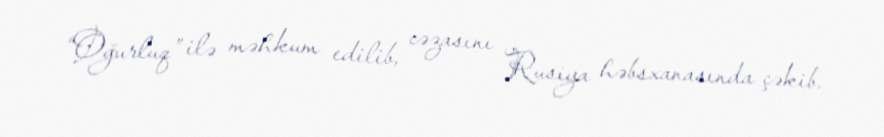
“Oğurluq” ilə məhkum edilib, cəzasını Rusiya həbsxanasında çəkib.